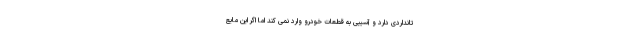
تانداردی دارد و آسیبی به قطعات خودرو وارد نمی کند اما اگر این مایع